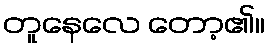
တူနေလေ တော့၏။